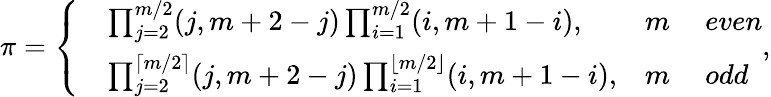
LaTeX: \pi=\left\{ \begin{array}{rlrl}&{\prod_{j=2}^{m/2}(j,m+2-j)\prod_{i=1}^{m/2}(i,m+1-i),}&{m}&{~even}\\ &{\prod_{j=2}^{\lceil m/2\rceil}(j,m+2-j)\prod_{i=1}^{\lfloor m/2\rfloor}(i,m+1-i),}&{m}&{~odd}\end{array}\right.,